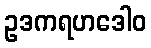
ဥဒကရဟဒေါဝ